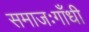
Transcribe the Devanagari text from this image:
समाजःगाँधी